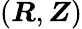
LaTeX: (\boldsymbol{R},\boldsymbol{Z})